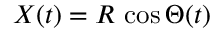
X ( t ) = R \, \cos \Theta ( t )